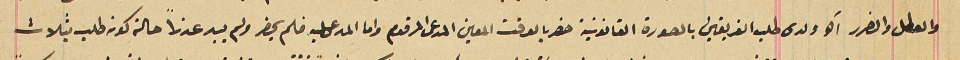
والعطل والضرر ألخ ولدى طلب الفريقين بالصورة القانونية حضر بالوقت المعين المدعى المرقوم واما المدعى عليه فلم يحضر ولم يبد عذراً حالة كونه طلب بثلاث